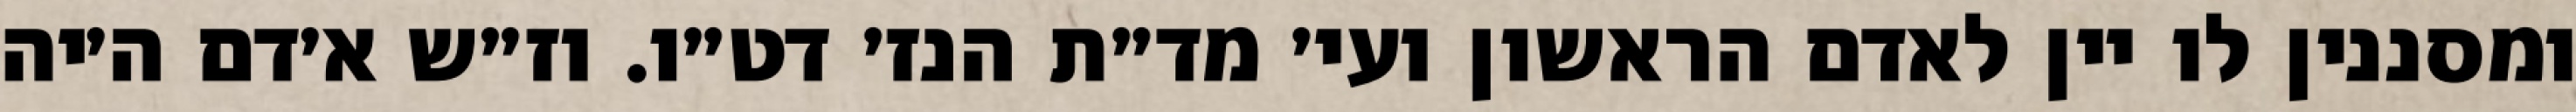
ומסננין לו יין לאדם הראשון ועי׳ מד״ת הנז׳ דט״ו. וז״ש א׳דם ה׳יה